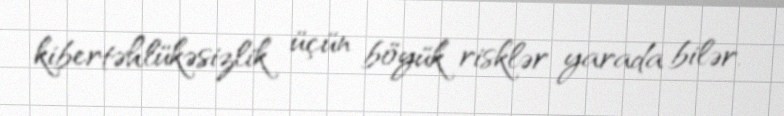
kibertəhlükəsizlik üçün böyük risklər yarada bilər.